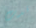
قدت